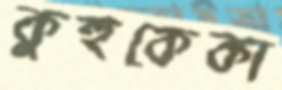
কুহুকেকা